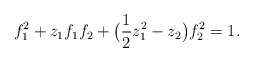
\begin{align*}f_1^2 + z_1 f_1 f_2 + \big({1\over 2} z_1^2 - z_2\big) f_2^2 = 1.\end{align*}